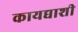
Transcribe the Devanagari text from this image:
कायद्याशी